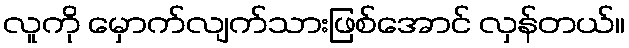
လူကို မှောက်လျက်သားဖြစ်အောင် လှန်တယ်။